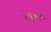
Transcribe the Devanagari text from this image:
पीलर